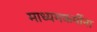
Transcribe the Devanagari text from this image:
माध्यमकर्मीना